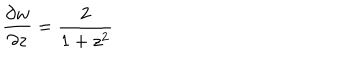
\frac { \partial w } { \partial z } = \frac { 2 } { 1 + z ^ { 2 } }